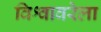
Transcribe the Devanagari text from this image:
विश्वावरेला